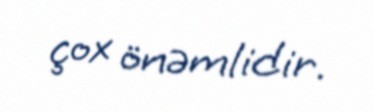
çox önəmlidir.